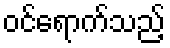
ဝင်ရောက်သည့်